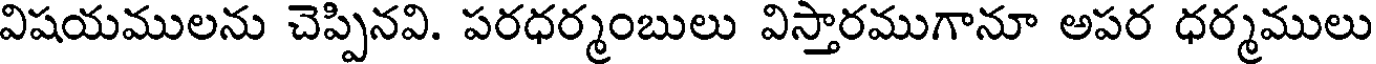
విషయములను చెప్పినవి. పరధర్మంబులు విస్తారముగానూ అపర ధర్మములు